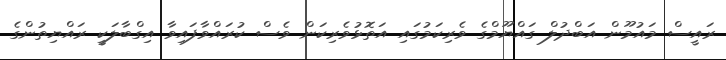
ރައީސް މައުމޫން އަބްދުލް ގައްޔޫމްގެ ވެރިކަމުގައި އަތޮޅުވެރިކަން ވެސް ކުރައްވާފައިވާ އިގްބާލަކީ ރައްޔިތުންގެ